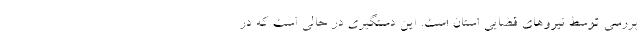
بررسی توسط نیروهای قضایی استان است. این دستگیری در حالی است که در